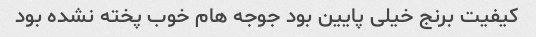
کیفیت برنج خیلی پایین بود جوجه هام خوب پخته نشده بود